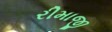
રીમાજી